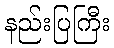
နည်းပြကြီး